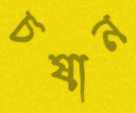
চষান